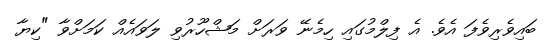
ބައިވެރިވެފަ އެވެ. އެ ފިލްމުގައި ހިމެނޭ ވަރަށް މަޝްހޫރުވި ލަވައެއް ކަމަށްވާ "ކިޔާ